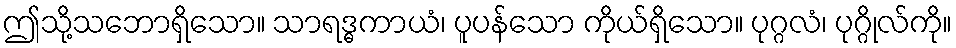
ဤသို့သဘောရှိသော။ သာရဒ္ဓကာယံ၊ ပူပန်သော ကိုယ်ရှိသော။ ပုဂ္ဂလံ၊ ပုဂ္ဂိုလ်ကို။